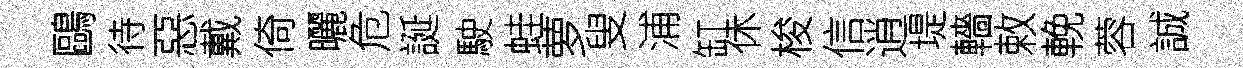
鷗待惡戴倚曬危誕駛蛙萝叟浦缸休梭信逍堤轖敕輓蓉誠